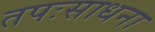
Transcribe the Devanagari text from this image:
तपःसाधना